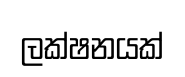
ලක්ෂනයක්